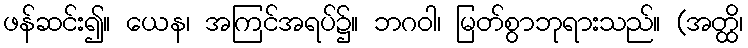
ဖန်ဆင်း၍။ ယေန၊ အကြင်အရပ်၌။ ဘဂဝါ၊ မြတ်စွာဘုရားသည်။ (အတ္ထိ၊